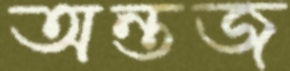
অন্তজ